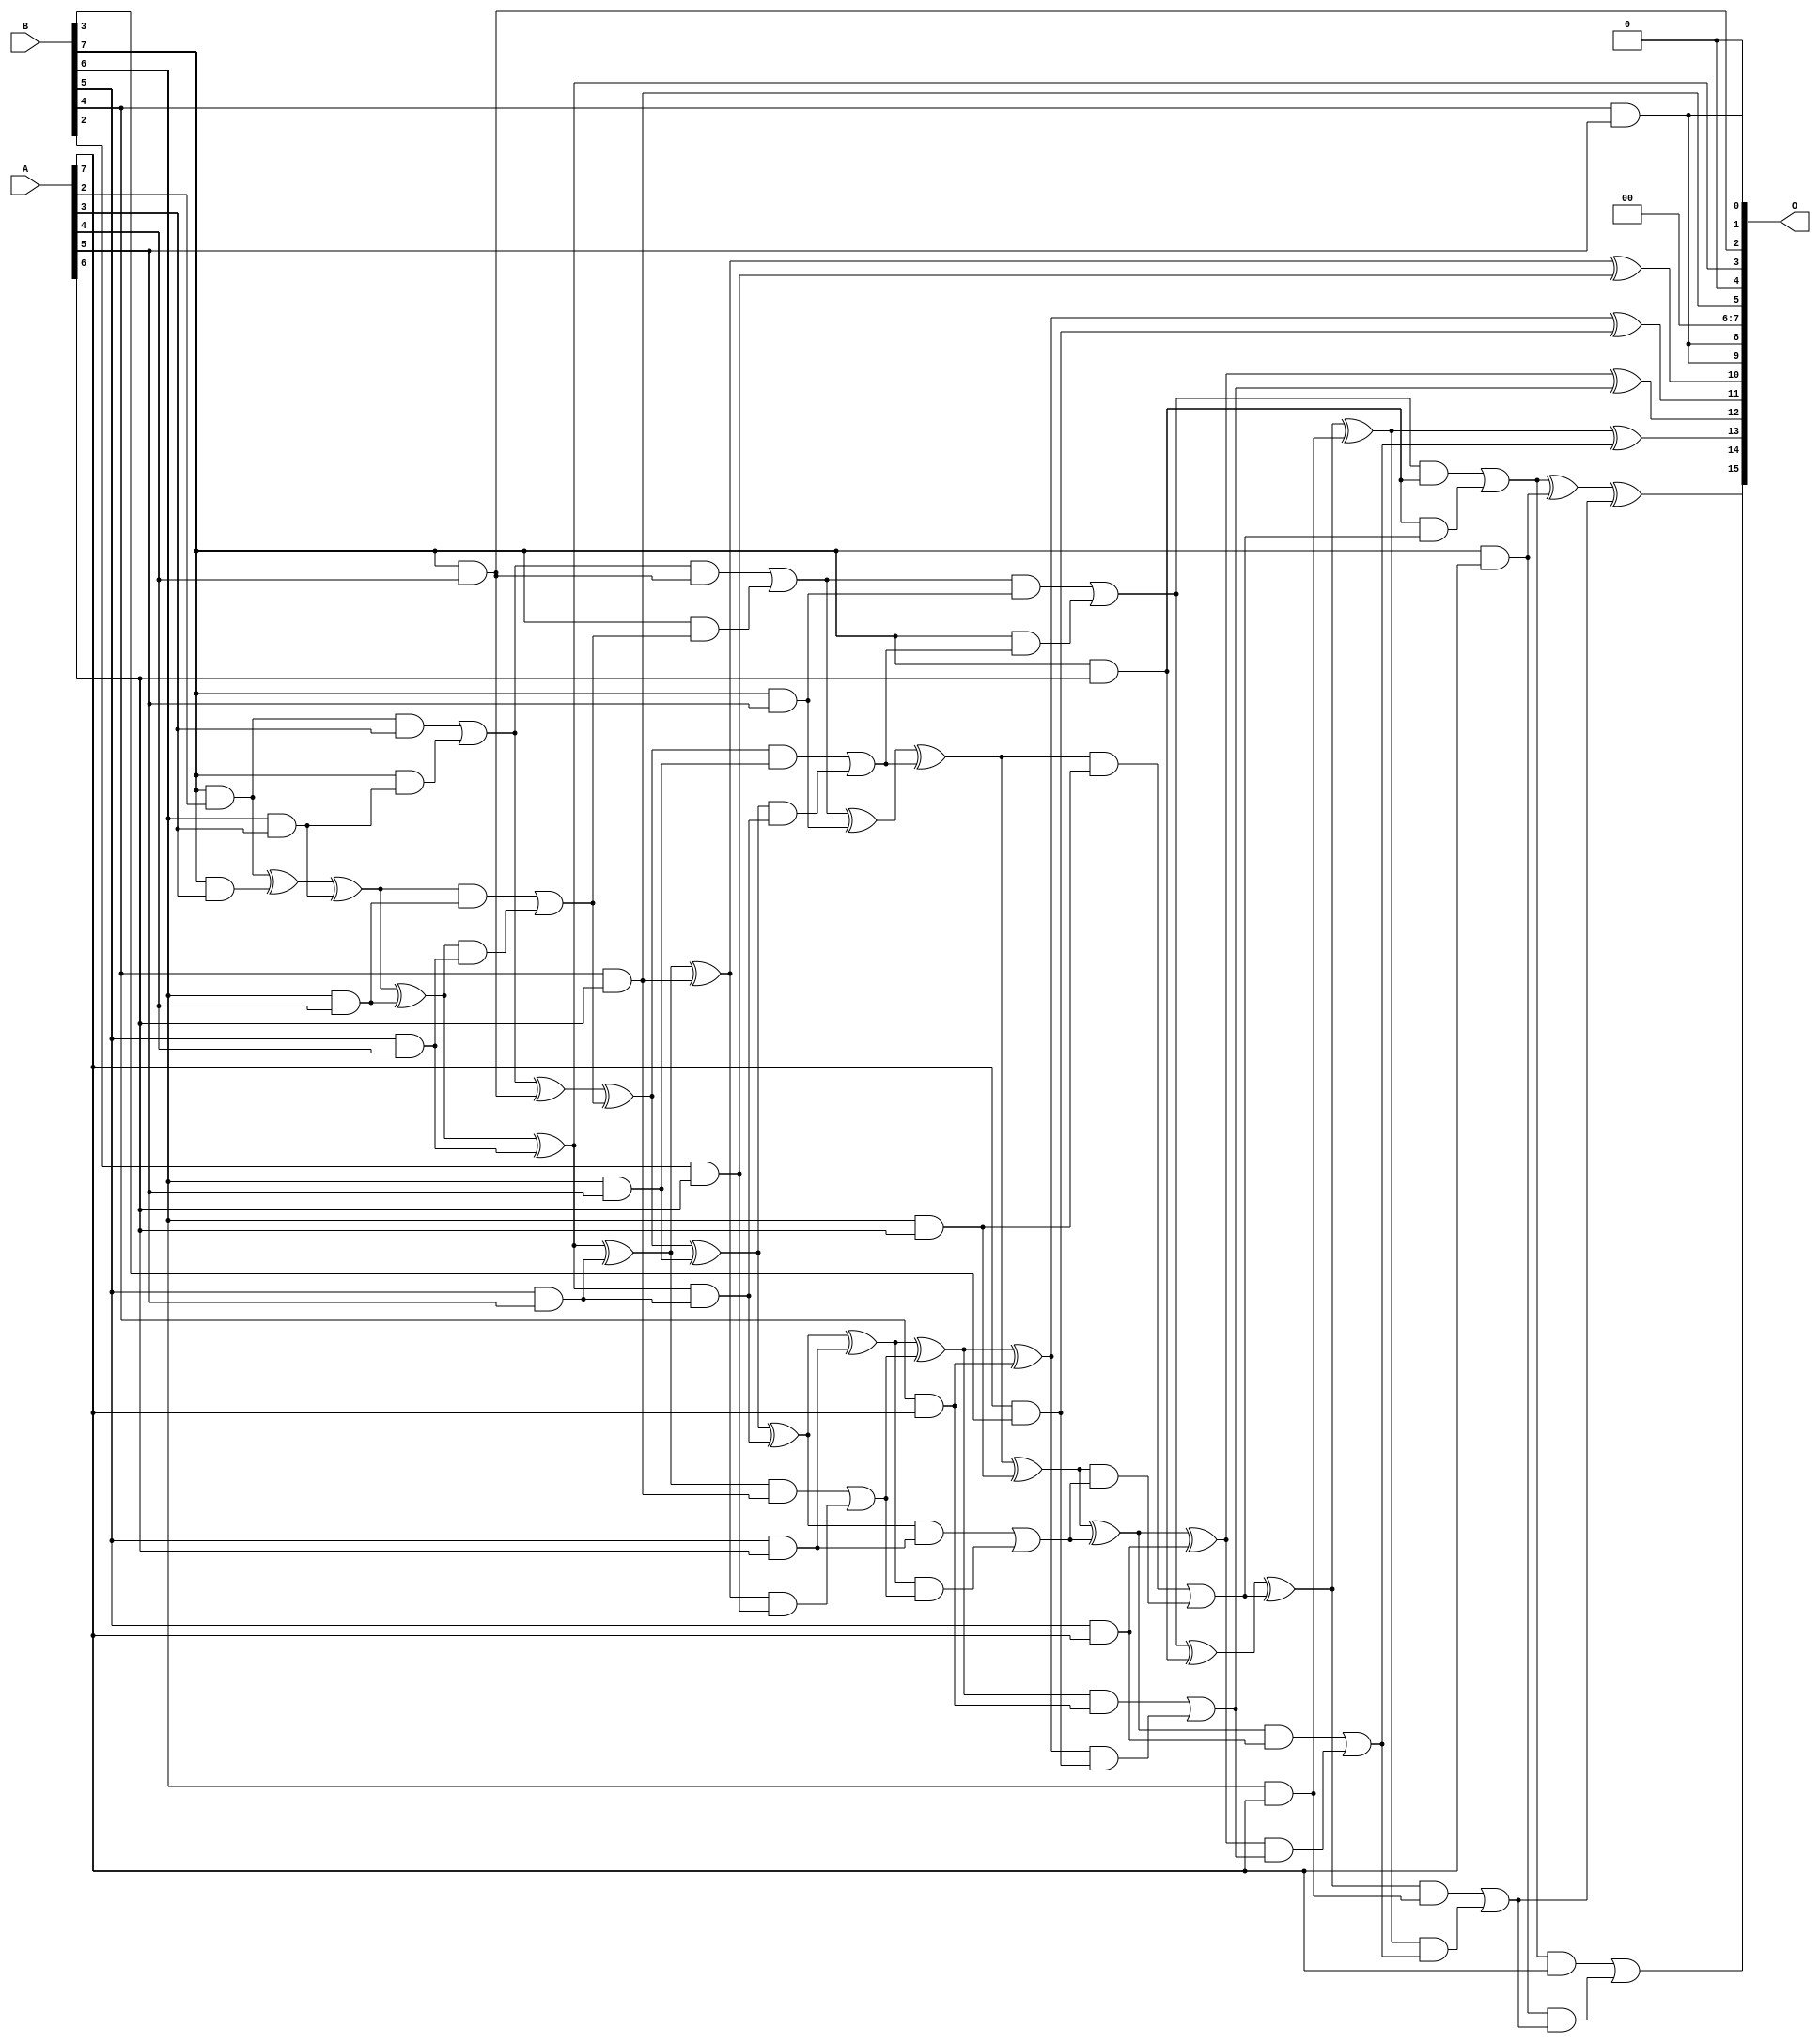
/***
* This code is a part of EvoApproxLib library (ehw.fit.vutbr.cz/approxlib) distributed under The MIT License.
* When used, please cite the following article(s): V. Mrazek, R. Hrbacek, Z. Vasicek and L. Sekanina, "EvoApprox8b: Library of approximate adders and multipliers for circuit design and benchmarking of approximation methods". Design, Automation & Test in Europe Conference & Exhibition (DATE), 2017, Lausanne, 2017, pp. 258-261. doi: 10.23919/DATE.2017.7926993 
* This file contains a circuit from a sub-set of pareto optimal circuits with respect to the pwr and mse parameters
***/
// MAE% = 0.67 %
// MAE = 442 
// WCE% = 2.94 %
// WCE = 1925 
// WCRE% = 300.00 %
// EP% = 99.05 %
// MRE% = 12.14 %
// MSE = 305440 
// PDK45_PWR = 0.095 mW
// PDK45_AREA = 228.5 um2
// PDK45_DELAY = 1.08 ns

module mul8u_1AGV (
    A,
    B,
    O
);

input [7:0] A;
input [7:0] B;
output [15:0] O;

wire sig_72,sig_118,sig_147,sig_151,sig_152,sig_153,sig_154,sig_155,sig_161,sig_162,sig_163,sig_191,sig_192,sig_193,sig_194,sig_195,sig_196,sig_197,sig_198,sig_199;
wire sig_200,sig_205,sig_206,sig_207,sig_208,sig_231,sig_232,sig_236,sig_237,sig_238,sig_239,sig_240,sig_241,sig_242,sig_243,sig_244,sig_245,sig_249,sig_250,sig_251;
wire sig_252,sig_253,sig_271,sig_272,sig_273,sig_274,sig_275,sig_276,sig_277,sig_278,sig_279,sig_280,sig_281,sig_282,sig_283,sig_284,sig_285,sig_286,sig_287,sig_288;
wire sig_289,sig_290,sig_295,sig_296,sig_297,sig_298,sig_307,sig_316,sig_317,sig_318,sig_319,sig_320,sig_321,sig_322,sig_323,sig_324,sig_325,sig_326,sig_327,sig_328;
wire sig_329,sig_330,sig_331,sig_332,sig_333,sig_334,sig_335;

assign sig_72 = B[7] & A[2];
assign sig_118 = B[7] & A[3];
assign sig_147 = B[6] & A[3];
assign sig_151 = sig_72 ^ sig_118;
assign sig_152 = sig_72 & A[3];
assign sig_153 = B[7] & sig_147;
assign sig_154 = sig_151 ^ sig_147;
assign sig_155 = sig_152 | sig_153;
assign sig_161 = B[5] & A[4];
assign sig_162 = B[6] & A[4];
assign sig_163 = B[7] & A[4];
assign sig_191 = sig_154 ^ sig_162;
assign sig_192 = sig_154 & sig_162;
assign sig_193 = sig_191 & sig_161;
assign sig_194 = sig_191 ^ sig_161;
assign sig_195 = sig_192 | sig_193;
assign sig_196 = sig_155 ^ sig_163;
assign sig_197 = sig_155 & sig_163;
assign sig_198 = B[7] & sig_195;
assign sig_199 = sig_196 ^ sig_195;
assign sig_200 = sig_197 | sig_198;
assign sig_205 = B[4] & A[5];
assign sig_206 = B[5] & A[5];
assign sig_207 = B[6] & A[5];
assign sig_208 = B[7] & A[5];
assign sig_231 = sig_194 ^ sig_206;
assign sig_232 = sig_194 & sig_206;
assign sig_236 = sig_199 ^ sig_207;
assign sig_237 = sig_199 & sig_207;
assign sig_238 = sig_236 & sig_232;
assign sig_239 = sig_236 ^ sig_232;
assign sig_240 = sig_237 | sig_238;
assign sig_241 = sig_200 ^ sig_208;
assign sig_242 = sig_200 & sig_208;
assign sig_243 = B[7] & sig_240;
assign sig_244 = sig_241 ^ sig_240;
assign sig_245 = sig_242 | sig_243;
assign sig_249 = B[2] & A[6];
assign sig_250 = B[4] & A[6];
assign sig_251 = B[5] & A[6];
assign sig_252 = B[6] & A[6];
assign sig_253 = B[7] & A[6];
assign sig_271 = sig_231 ^ sig_250;
assign sig_272 = sig_231 & sig_250;
assign sig_273 = sig_271 & sig_249;
assign sig_274 = sig_271 ^ sig_249;
assign sig_275 = sig_272 | sig_273;
assign sig_276 = sig_239 ^ sig_251;
assign sig_277 = sig_239 & sig_251;
assign sig_278 = sig_276 & sig_275;
assign sig_279 = sig_276 ^ sig_275;
assign sig_280 = sig_277 | sig_278;
assign sig_281 = sig_244 ^ sig_252;
assign sig_282 = sig_244 & sig_252;
assign sig_283 = sig_281 & sig_280;
assign sig_284 = sig_281 ^ sig_280;
assign sig_285 = sig_282 | sig_283;
assign sig_286 = sig_245 ^ sig_253;
assign sig_287 = sig_245 & sig_253;
assign sig_288 = sig_253 & sig_285;
assign sig_289 = sig_286 ^ sig_285;
assign sig_290 = sig_287 | sig_288;
assign sig_295 = B[4] & A[7];
assign sig_296 = B[5] & A[7];
assign sig_297 = B[6] & A[7];
assign sig_298 = B[7] & A[7];
assign sig_307 = A[7] & B[3];
assign sig_316 = sig_279 ^ sig_295;
assign sig_317 = sig_279 & sig_295;
assign sig_318 = sig_316 & sig_307;
assign sig_319 = sig_316 ^ sig_307;
assign sig_320 = sig_317 | sig_318;
assign sig_321 = sig_284 ^ sig_296;
assign sig_322 = sig_284 & sig_296;
assign sig_323 = sig_321 & sig_320;
assign sig_324 = sig_321 ^ sig_320;
assign sig_325 = sig_322 | sig_323;
assign sig_326 = sig_289 ^ sig_297;
assign sig_327 = sig_289 & sig_297;
assign sig_328 = sig_326 & sig_325;
assign sig_329 = sig_326 ^ sig_325;
assign sig_330 = sig_327 | sig_328;
assign sig_331 = sig_290 ^ sig_298;
assign sig_332 = sig_290 & A[7];
assign sig_333 = sig_298 & sig_330;
assign sig_334 = sig_331 ^ sig_330;
assign sig_335 = sig_332 | sig_333;

assign O[15] = sig_335;
assign O[14] = sig_334;
assign O[13] = sig_329;
assign O[12] = sig_324;
assign O[11] = sig_319;
assign O[10] = sig_274;
assign O[9] = sig_205;
assign O[8] = sig_205;
assign O[7] = 1'b0;
assign O[6] = 1'b0;
assign O[5] = sig_250;
assign O[4] = 1'b0;
assign O[3] = sig_194;
assign O[2] = sig_163;
assign O[1] = sig_205;
assign O[0] = 1'b0;

endmodule